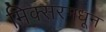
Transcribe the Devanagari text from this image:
मिक्सरमधून